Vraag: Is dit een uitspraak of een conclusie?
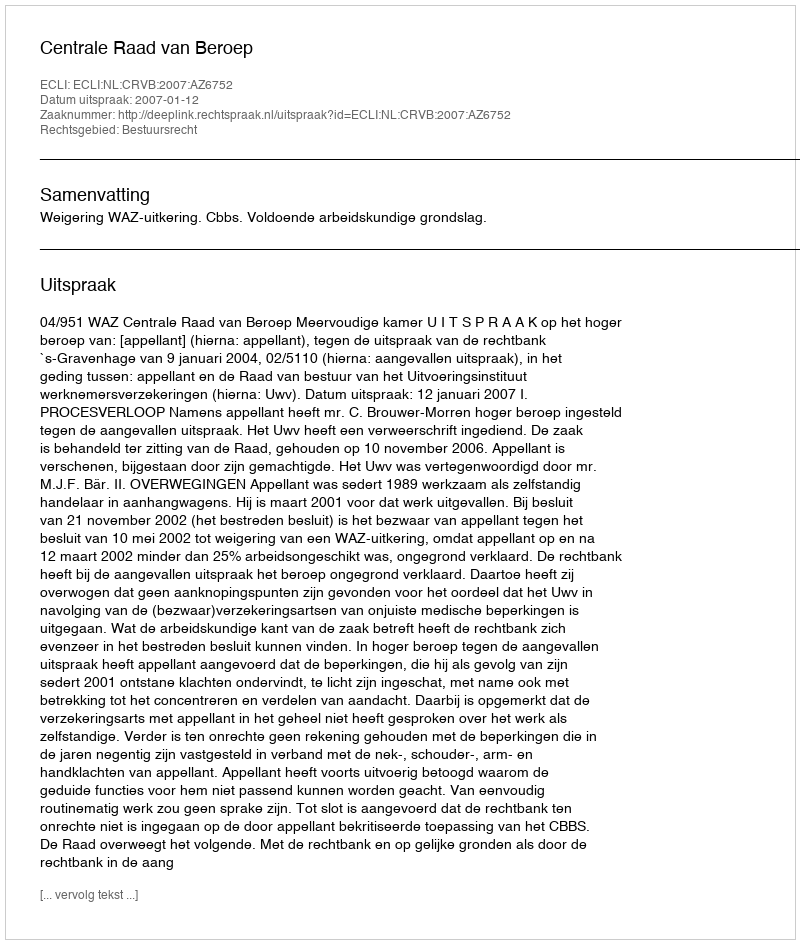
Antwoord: Uitspraak